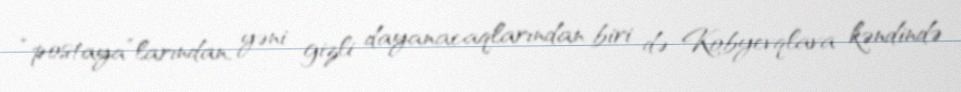
“postaya”larından, yəni gizli dayanacaqlarından biri də Kobyevqlava kəndində